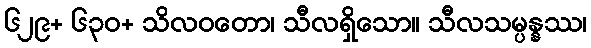
၆၂၉+ ၆၃၀+ သိလဝတော၊ သီလရှိသော။ သီလသမ္ပန္နဿ၊